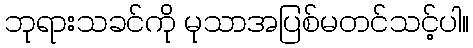
ဘုရားသခင်ကို မုသာအပြစ်မတင်သင့်ပါ။